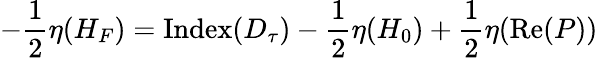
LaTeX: -{\frac{1}{2}}\eta(H_{F})=\mathrm{Index}(D_{\tau})-{\frac{1}{2}}\eta(H_{0})+{\frac{1}{2}}\eta(\mathrm{Re}({P}))